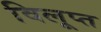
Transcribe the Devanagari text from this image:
विलूप्त